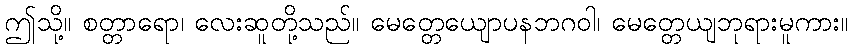
ဤသို့။ စတ္တာရော၊ လေးဆူတို့သည်။ မေတ္တေယျောပနဘဂဝါ၊ မေတ္တေယျဘုရားမူကား။